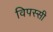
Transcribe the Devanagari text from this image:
विपस्सी